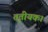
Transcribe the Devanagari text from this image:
तृतीयक।